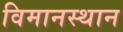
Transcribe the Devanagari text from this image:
विमानस्थान